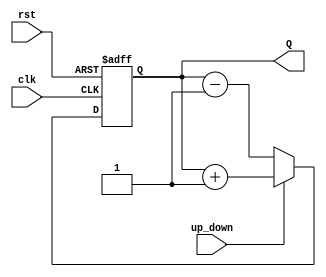
module up_down_counter #(
    parameter N = 4 // Define the width of the counter (N bits)
)(
    input wire clk,          // Clock input
    input wire rst,          // Asynchronous reset
    input wire up_down,      // Control signal for up/down counting
    output reg [N-1:0] Q     // Counter output
);

// Asynchronous reset and counting logic
always @(posedge clk or posedge rst) begin
    if (rst) begin
        Q <= 0; // Reset the counter to zero
    end else begin
        if (up_down) begin
            // Increment the counter
            Q <= Q + 1;
        end else begin
            // Decrement the counter
            Q <= Q - 1;
        end
    end
end

endmodule